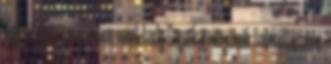
úgy az egész projektre, mint Lady Gaga karrierjének fellendülésére.